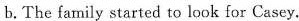
b.The family started to look for Casey.